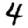
Digit: 4